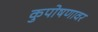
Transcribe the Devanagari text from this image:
कुपोषणावर